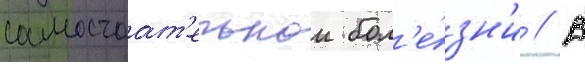
самостоат'ельнои бол'е́зн'и // В